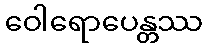
ဝေါရောပေန္တဿ